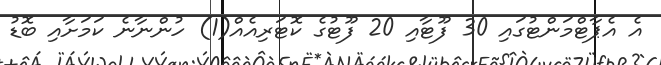
އެ އެޕާޓްމަންޓުގައި 30 ފޫޓާއި 20 ފޫޓުގެ ކޮޓަރިއެއް(1) ހުންނާނެ ކަމަށާއި ބޮޑު